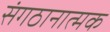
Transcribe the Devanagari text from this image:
संगठानात्मक